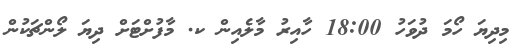
މިދިޔަ ހޯމަ ދުވަހު 18:00 ހާއިރު މާލެއިން ކ. މާފުށްޓަށް ދިޔަ ލޯންޗަކުން